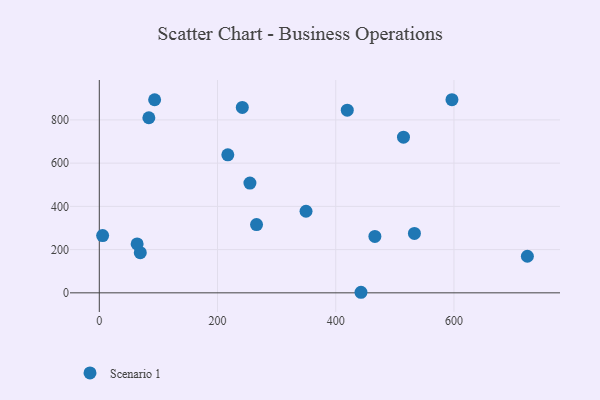
{"axis": {"x": "Ad Spend", "y": "Salary"}, "legend": ["Scenario 1"], "data": [{"x": "724.2", "y": 169.2, "type": "Scenario 1"}, {"x": "349.7", "y": 377.4, "type": "Scenario 1"}, {"x": "217.4", "y": 638.7, "type": "Scenario 1"}, {"x": "69.3", "y": 185.9, "type": "Scenario 1"}, {"x": "596.6", "y": 893.4, "type": "Scenario 1"}, {"x": "514.6", "y": 720.2, "type": "Scenario 1"}, {"x": "466.2", "y": 261.0, "type": "Scenario 1"}, {"x": "254.8", "y": 508.0, "type": "Scenario 1"}, {"x": "64.0", "y": 226.5, "type": "Scenario 1"}, {"x": "241.9", "y": 857.9, "type": "Scenario 1"}, {"x": "83.8", "y": 809.9, "type": "Scenario 1"}, {"x": "419.5", "y": 845.0, "type": "Scenario 1"}, {"x": "93.6", "y": 893.2, "type": "Scenario 1"}, {"x": "266.0", "y": 315.6, "type": "Scenario 1"}, {"x": "5.6", "y": 264.7, "type": "Scenario 1"}, {"x": "442.7", "y": 2.6, "type": "Scenario 1"}, {"x": "533.1", "y": 274.9, "type": "Scenario 1"}]}